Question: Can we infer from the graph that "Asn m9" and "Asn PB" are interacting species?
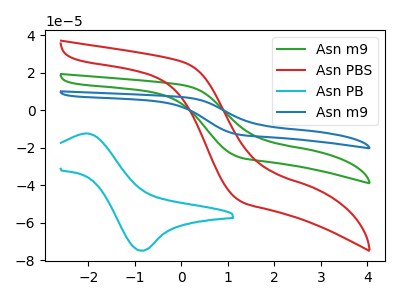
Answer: <think>The green curve "Asn m9" has no peaks. The red curve "Asn PBS" has no peaks. The cyan curve "Asn PB" has an anodic peak at (-2.05V, -12.40uA) and a cathodic peak at (-0.85V, -74.95uA). The blue curve "Asn m9" has no peaks.
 "Asn m9" and "Asn PB" have a different number of peaks.</think>
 <answer>Yes, "Asn m9" and "Asn PB" are different in shape.</answer>
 <eval>yes_change</eval>